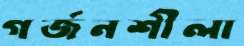
গর্জনশীলা